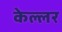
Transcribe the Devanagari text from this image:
केल्लर